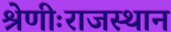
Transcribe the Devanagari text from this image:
श्रेणीःराजस्थान